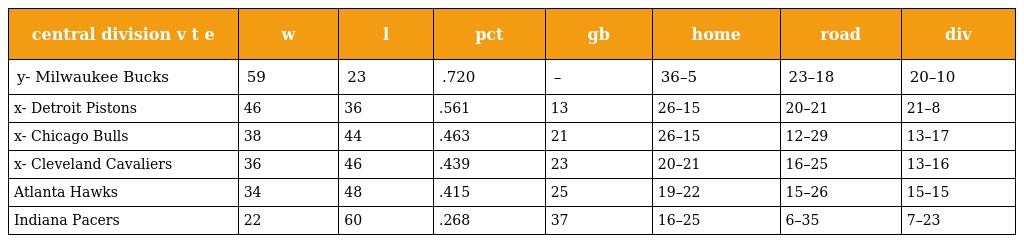
| central division v t e | w | l | pct | gb | home | road | div |
 | --- | --- | --- | --- | --- | --- | --- | --- |
 | y- Milwaukee Bucks | 59 | 23 | .720 | – | 36–5 | 23–18 | 20–10 |
 | x- Detroit Pistons | 46 | 36 | .561 | 13 | 26–15 | 20–21 | 21–8 |
 | x- Chicago Bulls | 38 | 44 | .463 | 21 | 26–15 | 12–29 | 13–17 |
 | x- Cleveland Cavaliers | 36 | 46 | .439 | 23 | 20–21 | 16–25 | 13–16 |
 | Atlanta Hawks | 34 | 48 | .415 | 25 | 19–22 | 15–26 | 15–15 |
 | Indiana Pacers | 22 | 60 | .268 | 37 | 16–25 | 6–35 | 7–23 |